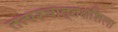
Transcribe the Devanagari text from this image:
तत्पश्‍चात्‌तक्षशिला